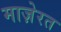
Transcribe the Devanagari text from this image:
माज़ेरत